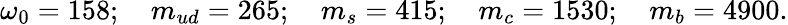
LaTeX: \omega_{0}=158;\quad m_{ud}=265;\quad m_{s}=415;\quad m_{c}=1530;\quad m_{b}=4900.